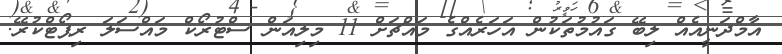
އާމްދަނީއެއް ލިބޭ ގައުމުތަކުން އަހަރެއްގެ މައްޗަށް 11 މިލިއަން ސްޓުރޯކް މައްސަލަ ރިޕޯޓްކުރޭ.